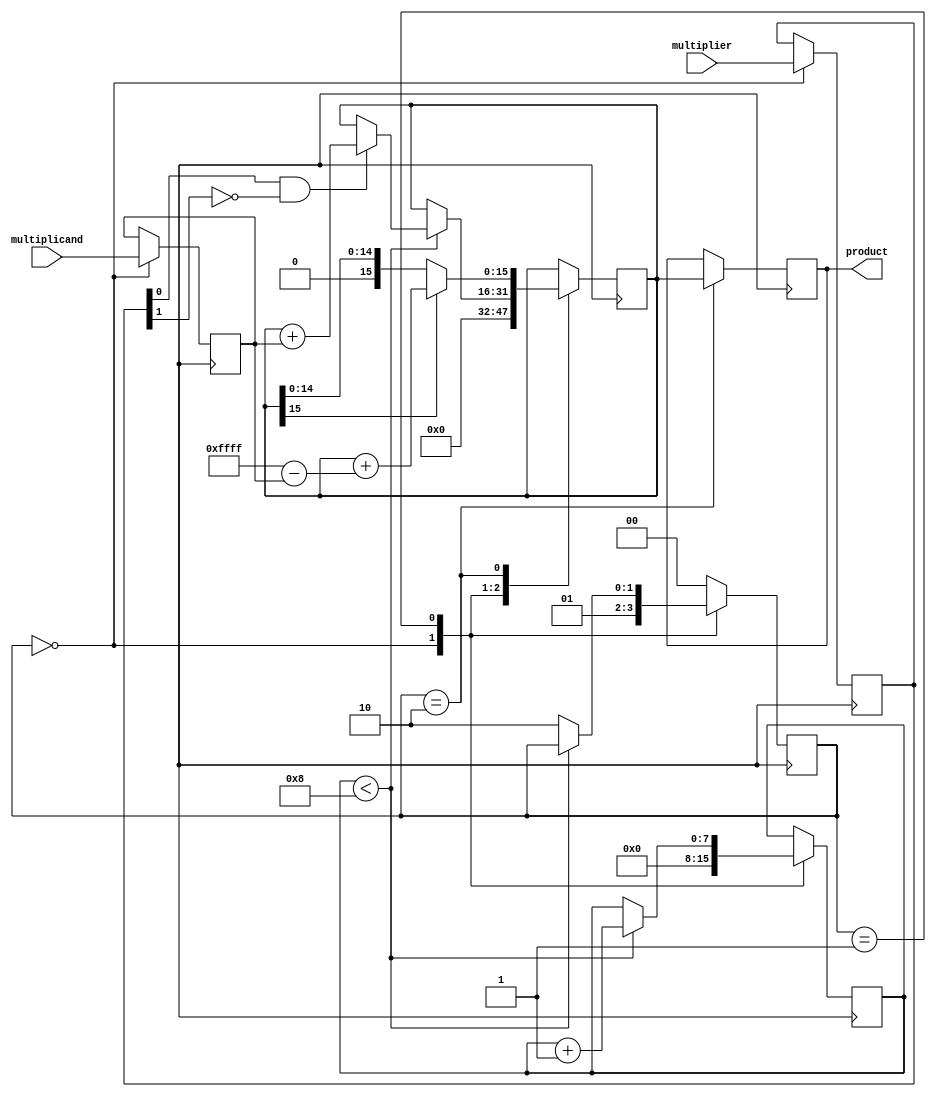
module booth_multiplier(
  input [7:0] multiplicand,
  input [7:0] multiplier,
  output reg [15:0] product
);

reg [7:0] a;
reg [7:0] m;
reg [7:0] count;
reg [1:0] state;
reg [15:0] partial_product;

always @ (posedge clock) begin
  case(state)
    2'b00: begin  // Initialization
      a <= multiplicand;
      m <= multiplier;
      partial_product <= 0;
      count <= 0;
      state <= 2'b01;
    end
    2'b01: begin  // Shift right
      if(count < 8) begin
        if(m[0] & ~m[1]) begin  // Booth's algorithm
          partial_product <= partial_product + a;
        end
        m <= {m[7], m};
        count <= count + 1;
      end else begin
        state <= 2'b10;
      end
    end
    2'b10: begin  // Sign extension
      if(partial_product[15]) begin
        partial_product <= partial_product + (16'b1111111111111111 - a);
      end
      product <= partial_product;
      state <= 2'b00;
    end
    default: begin
      state <= 2'b00;
    end
  endcase
end

endmodule